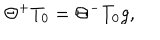
\Theta ^ { + } T _ { 0 } = \Theta ^ { - } T _ { 0 } g ,